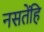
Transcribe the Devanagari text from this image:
नसतेंहि